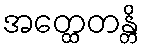
အတ္ထေတန္တိ